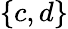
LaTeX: \{ c,d\}